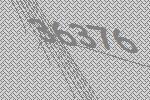
36376